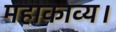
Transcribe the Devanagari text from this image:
महाकाव्य।